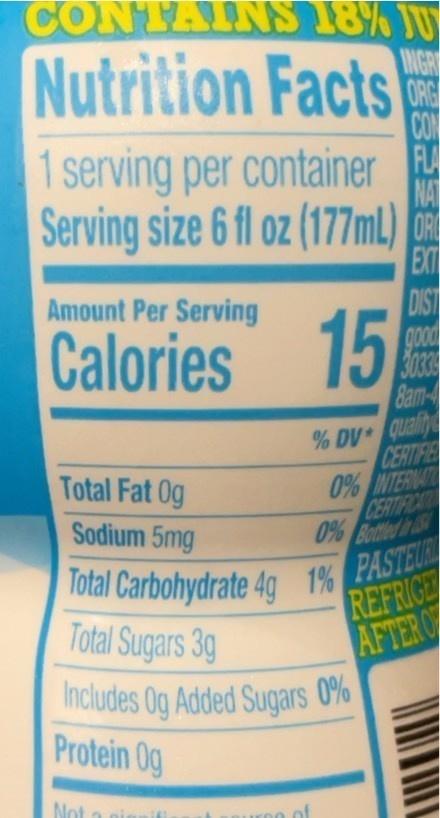
Total Carbohydrate 4g 1% PASTEU
CONTAINS78% JU
Nutrition Facts
INGR
CON
1 serving per container Serving size 6 fl oz (177ml)
NA
EXIT
Amount Per Serving
Calories 15
DIST good 3038 Bam-
% DV Qualit CERTIFIE 0% INTERNAT CERTIFICAT 0% Bottled in
Total Fat Og
Sodium 5mg
lotal Carbohydrate 40 1% PASTE Total Sugars 3g
REFRIGE AFTER O
Includes Og Added Sugars 0% Protein 0g
Not a gi